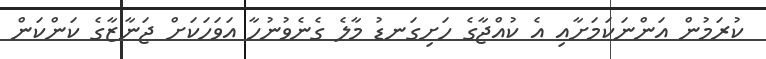
ކުރަމުން އަންނަކަމަށާއި އެ ކުއްޖާގެ ހަށިގަނޑު މާލެ ގެނެވުނުހާ އަވަހަކަށް ޖަނާޒާގެ ކަންކަން